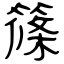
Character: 篠